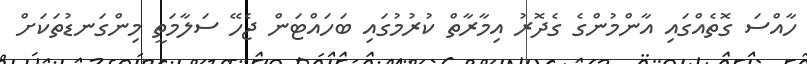
ހާއްސަ ގޮތެއްގައި އާންމުންގެ ގެދޮރު އިމާރާތް ކުރުމުގައި ބަހައްޓަން ޖެހޭ ސަލާމަތީ މިންގަނޑުތަކަށް